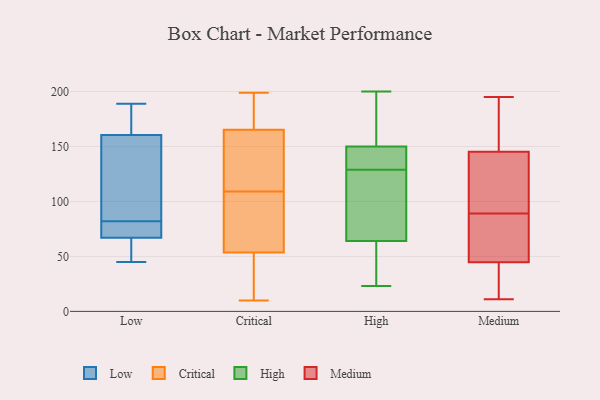
{"axis": {"x": "Active Users", "y": "Value"}, "legend": ["Critical", "High", "Low", "Medium"], "data": [{"x": "", "y": 71, "type": "Low"}, {"x": "", "y": 57, "type": "Low"}, {"x": "", "y": 155, "type": "Low"}, {"x": "", "y": 189, "type": "Low"}, {"x": "", "y": 92, "type": "Low"}, {"x": "", "y": 45, "type": "Low"}, {"x": "", "y": 152, "type": "Low"}, {"x": "", "y": 166, "type": "Low"}, {"x": "", "y": 72, "type": "Low"}, {"x": "", "y": 189, "type": "Low"}, {"x": "", "y": 66, "type": "Low"}, {"x": "", "y": 68, "type": "Low"}, {"x": "", "y": 49, "type": "Critical"}, {"x": "", "y": 32, "type": "Critical"}, {"x": "", "y": 86, "type": "Critical"}, {"x": "", "y": 144, "type": "Critical"}, {"x": "", "y": 122, "type": "Critical"}, {"x": "", "y": 82, "type": "Critical"}, {"x": "", "y": 10, "type": "Critical"}, {"x": "", "y": 161, "type": "Critical"}, {"x": "", "y": 178, "type": "Critical"}, {"x": "", "y": 179, "type": "Critical"}, {"x": "", "y": 55, "type": "Critical"}, {"x": "", "y": 109, "type": "Critical"}, {"x": "", "y": 199, "type": "Critical"}, {"x": "", "y": 200, "type": "High"}, {"x": "", "y": 109, "type": "High"}, {"x": "", "y": 50, "type": "High"}, {"x": "", "y": 131, "type": "High"}, {"x": "", "y": 78, "type": "High"}, {"x": "", "y": 108, "type": "High"}, {"x": "", "y": 135, "type": "High"}, {"x": "", "y": 127, "type": "High"}, {"x": "", "y": 110, "type": "High"}, {"x": "", "y": 175, "type": "High"}, {"x": "", "y": 43, "type": "High"}, {"x": "", "y": 135, "type": "High"}, {"x": "", "y": 145, "type": "High"}, {"x": "", "y": 131, "type": "High"}, {"x": "", "y": 43, "type": "High"}, {"x": "", "y": 155, "type": "High"}, {"x": "", "y": 196, "type": "High"}, {"x": "", "y": 197, "type": "High"}, {"x": "", "y": 31, "type": "High"}, {"x": "", "y": 23, "type": "High"}, {"x": "", "y": 41, "type": "Medium"}, {"x": "", "y": 62, "type": "Medium"}, {"x": "", "y": 27, "type": "Medium"}, {"x": "", "y": 170, "type": "Medium"}, {"x": "", "y": 140, "type": "Medium"}, {"x": "", "y": 143, "type": "Medium"}, {"x": "", "y": 153, "type": "Medium"}, {"x": "", "y": 11, "type": "Medium"}, {"x": "", "y": 168, "type": "Medium"}, {"x": "", "y": 56, "type": "Medium"}, {"x": "", "y": 83, "type": "Medium"}, {"x": "", "y": 195, "type": "Medium"}, {"x": "", "y": 16, "type": "Medium"}, {"x": "", "y": 146, "type": "Medium"}, {"x": "", "y": 69, "type": "Medium"}, {"x": "", "y": 140, "type": "Medium"}, {"x": "", "y": 138, "type": "Medium"}, {"x": "", "y": 30, "type": "Medium"}, {"x": "", "y": 89, "type": "Medium"}]}